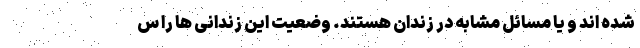
شده اند و یا مسائل مشابه در زندان هستند. وضعیت این زندانی ها را س